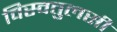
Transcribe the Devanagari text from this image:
विस्वतुलसी